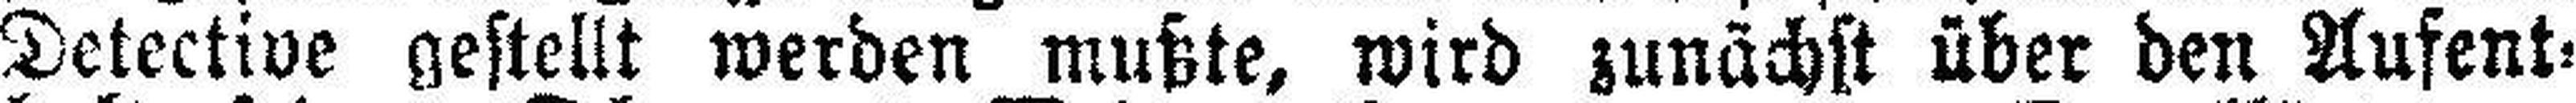
Detective gestellt werden mußte, wird zunächst über den Aufent¬